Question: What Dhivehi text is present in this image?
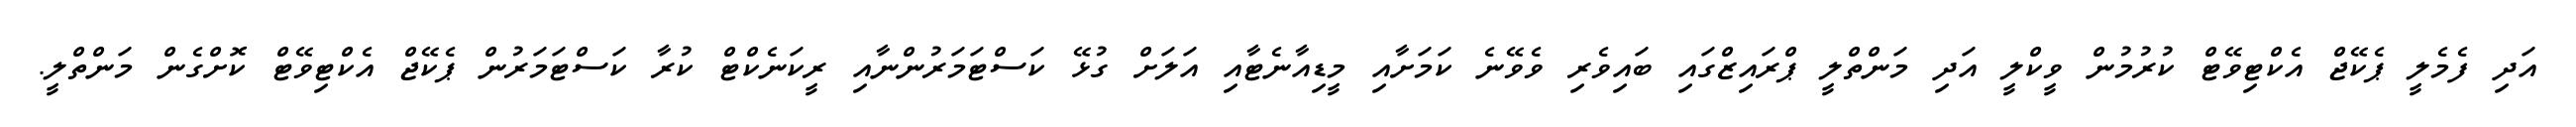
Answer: އަދި ފެމެލީ ޕެކޭޖް އެކްޓިވޭޓް ކުރުމުން ވީކްލީ އަދި މަންތްލީ ޕްރައިޒްގައި ބައިވެރި ވެވޭނެ ކަމަށާއި މީޑިއާނެޓާއި އަލަށް ގުޅޭ ކަސްޓަމަރުންނާއި ރީކަނެކްޓް ކުރާ ކަސްޓަމަރުން ޕެކޭޖް އެކްޓިވޭޓް ކޮށްގެން މަންތްލީ.